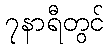
၇နာရီတွင်